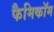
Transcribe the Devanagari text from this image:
फैमिकॉम